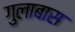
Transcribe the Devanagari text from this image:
गुलाबास